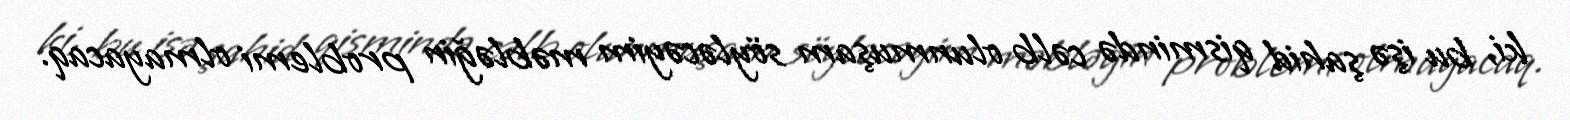
ki, bu işə şahid qismində cəlb olunmuşam söyləcəyim məbləğin problemi olmayacaq.